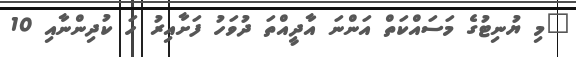
"މި ޔުނިޓުގެ މަސައްކަތް އަންނަ އާދީއްތަ ދުވަހު ފަށާއިރު ހަ ކުދިންނާއި 10